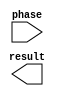
`timescale 1ns / 1ps
`default_nettype none
//////////////////////////////////////////////////////////////////////////////////
// Company: 
// Engineer: 
// 
// Design Name: 
// Module Name:    sineLookup 
// Project Name: 
// Target Devices: 
// Tool versions: 
// Description: 
//
// Dependencies: 
//
// Revision: 
// Revision 0.01 - File Created
// Additional Comments: 
//
//////////////////////////////////////////////////////////////////////////////////
module sineLookup(
    input [15:0] phase,
    output [11:0] result
    );




endmodule